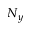
N _ { y }